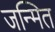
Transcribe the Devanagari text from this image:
जन्मित